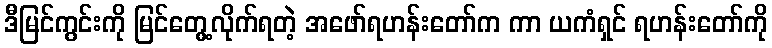
ဒီမြင်ကွင်းကို မြင်တွေ့လိုက်ရတဲ့ အဖော်ရဟန်းတော်က ကာ ယကံရှင် ရဟန်းတော်ကို